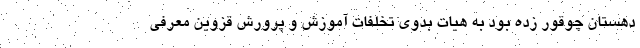
دهستان چوقور زده بود به هیات بدوی تخلفات آموزش و پرورش قزوین معرفی